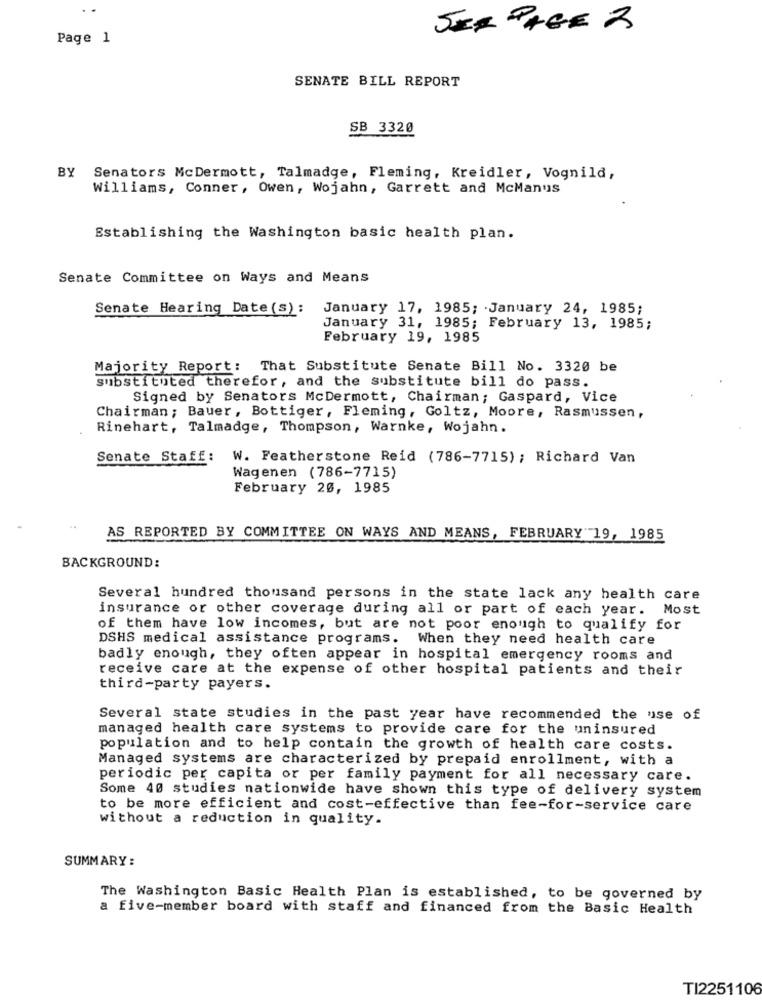
SIR PAGE 2
Page 1
SENATE BILL REPORT
SB 3320
BY
Senators McDermott, Talmadge, Fleming, Kreidler, Vognild,
Williams, Conner, Owen, Wojahn, Garrett and McManus
Establishing the Washington basic health plan.
Senate Committee on Ways and Means
Senate Hearing Date (s): January 17, 1985; January 24, 1985;
January 31, 1985; February 13, 1985;
February 19, 1985
Majority Report: That Substitute Senate Bill No. 3320 be
substituted therefor, and the substitute bill do pass.
Signed by Senators McDermott, Chairman; Gaspard, Vice
Chairman ; Bauer, Bottiger, Fleming, Goltz, Moore, Rasmussen,
Rinehart, Talmadge, Thompson, Warnke, Wojahn.
Senate Staff:
W. Featherstone Reid (786-7715); Richard Van
Wagenen (786-7715)
February 20, 1985
AS REPORTED BY COMMITTEE ON WAYS AND MEANS, FEBRUARY 19, 1985
BACKGROUND:
Several hundred thousand persons in the state lack any health care
insurance or other coverage during all or part of each year. Most
of them have low incomes, but are not poor enough to qualify for
DSHS medical assistance programs.
When they need health care
badly enough, they often appear in hospital emergency rooms and
receive care at the expense of other hospital patients and their
third-party payers.
Several state studies in the past year have recommended the use of
managed health care systems to provide care for the uninsured
population and to help contain the growth of health care costs.
Managed systems are characterized by prepaid enrollment, with a
periodic per capita or per family payment for all necessary care.
Some 40 studies nationwide have shown this type of delivery system
to be more efficient and cost-effective than fee-for-service care
without a reduction in quality.
SUMMARY :
The Washington Basic Health Plan is established, to be governed by
a five-member board with staff and financed from the Basic Health
TI2251106